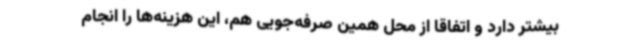
بیشتر دارد و اتفاقاً از محل همین صرفه‌جویی هم، این هزینه‌ها را انجام